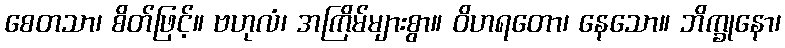
စေတသာ၊ စိတ်ဖြင့်။ ဗဟုလံ၊ အကြိမ်များစွာ။ ဝိဟရတော၊ နေသော။ ဘိက္ခုနော၊